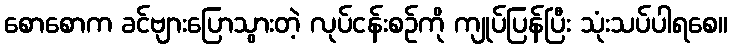
စောစောက ခင်ဗျားပြောသွားတဲ့ လုပ်ငန်းစဉ်ကို ကျုပ်ပြန်ပြီး သုံးသပ်ပါရစေ။